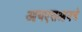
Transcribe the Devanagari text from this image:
आयएसआयचे